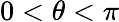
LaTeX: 0<\theta<\pi